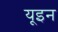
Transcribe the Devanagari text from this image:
यूइन